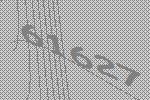
61627